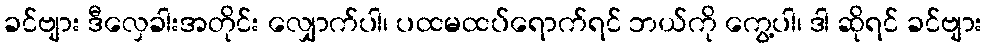
ခင်ဗျား ဒီလှေခါးအတိုင်း လျှောက်ပါ၊ ပထမထပ်ရောက်ရင် ဘယ်ကို ကွေ့ပါ၊ ဒါ ဆိုရင် ခင်ဗျား